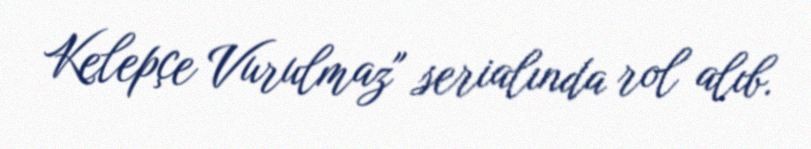
Kelepçe Vurulmaz" serialında rol alıb.